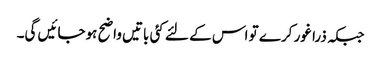
جبکہ ذرا غور کرے تو اس کے لئے کئی باتیں واضح ہوجائیں گی۔